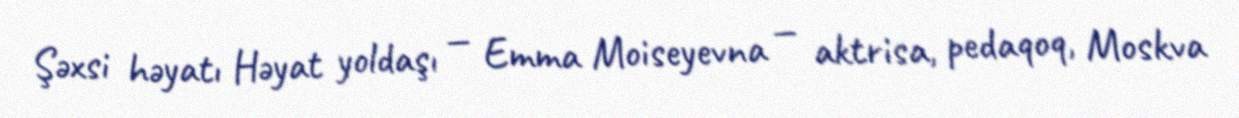
Şəxsi həyatı Həyat yoldaşı — Emma Moiseyevna — aktrisa, pedaqoq, Moskva